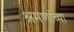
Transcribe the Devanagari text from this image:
श्रमणांच्या